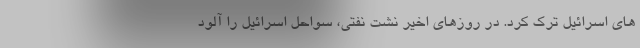
های اسرائیل ترک کرد. در روزهای اخیر نشت نفتی، سواحل اسرائیل را آلود